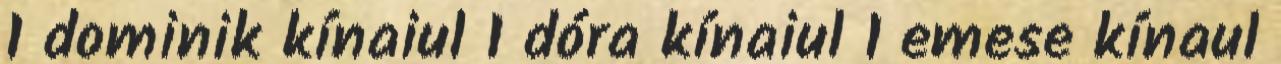
1 dominik kínaiul 1 dóra kínaiul 1 emese kínaul